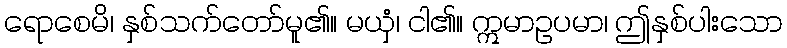
ရောစေမိ၊ နှစ်သက်တော်မူ၏။ မယှံ၊ ငါ၏။ ဣမာဥပမာ၊ ဤနှစ်ပါးသော